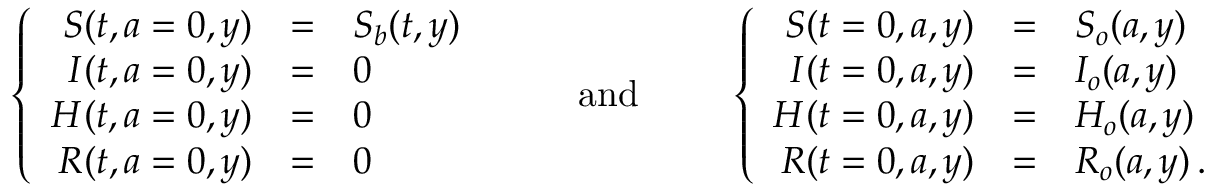
\left\{ \begin{array} { r c l } { S ( t , a = 0 , y ) } & { = } & { S _ { b } ( t , y ) } \\ { I ( t , a = 0 , y ) } & { = } & { 0 } \\ { H ( t , a = 0 , y ) } & { = } & { 0 } \\ { R ( t , a = 0 , y ) } & { = } & { 0 } \end{array} \right. \qquad \mathrm { ~ a n d ~ } \qquad \left\{ \begin{array} { r c l } { S ( t = 0 , a , y ) } & { = } & { S _ { o } ( a , y ) } \\ { I ( t = 0 , a , y ) } & { = } & { I _ { o } ( a , y ) } \\ { H ( t = 0 , a , y ) } & { = } & { H _ { o } ( a , y ) } \\ { R ( t = 0 , a , y ) } & { = } & { R _ { o } ( a , y ) \, . } \end{array} \right.